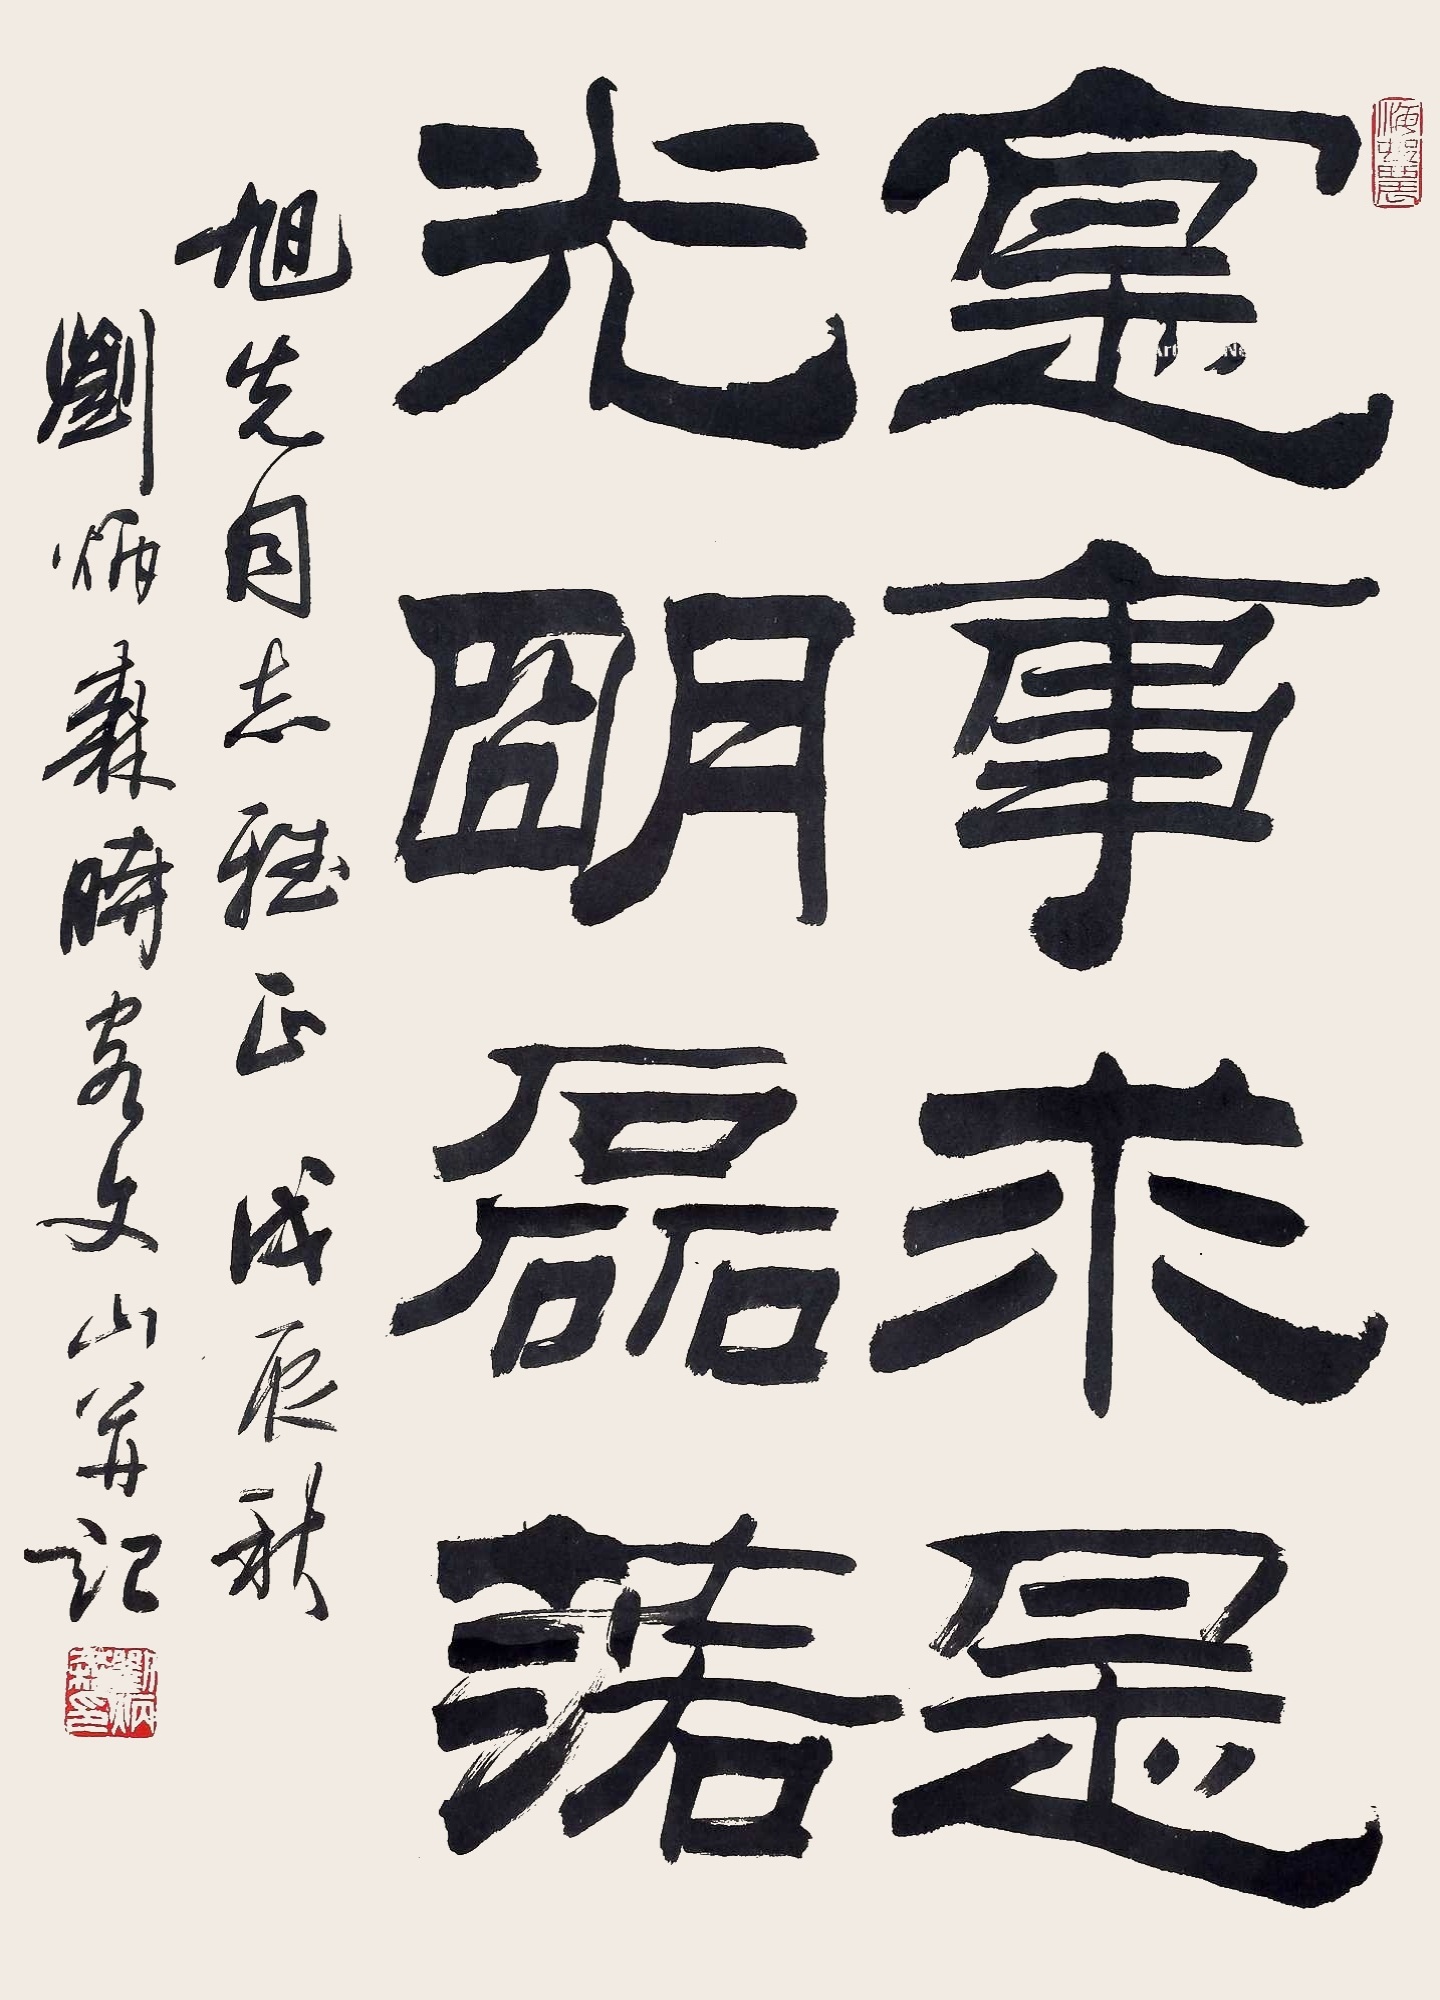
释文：实事求是，光明磊落。旭先同志雅正，戊辰秋刘炳森时客文山并记。